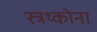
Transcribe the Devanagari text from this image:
स्त्रथ्कोना